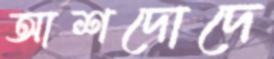
আশদোদে